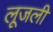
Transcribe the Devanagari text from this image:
लूजली